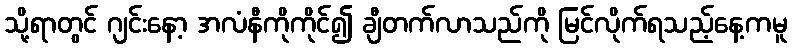
သို့ရာတွင် ဂျင်းနော့ အလံနီကိုကိုင်၍ ချီတက်လာသည်ကို မြင်လိုက်ရသည့်နေ့ကမူ